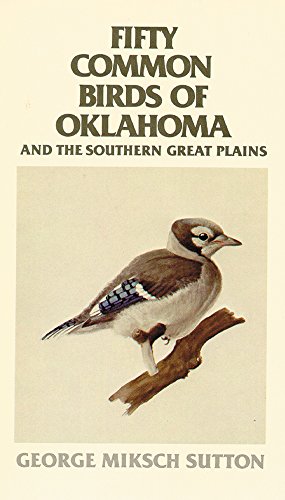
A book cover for Fifty Common Birds of Oklahoma and the Southern Great Plains; George Miksch Sutton; Travel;